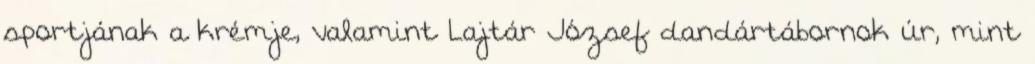
sportjának a krémje, valamint Lajtár József dandártábornok úr, mint